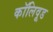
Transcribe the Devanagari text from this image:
कॉलिवूड